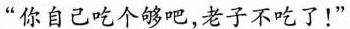
”你自己吃个够吧，老子不吃了！”